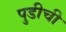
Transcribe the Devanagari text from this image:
पुडीची